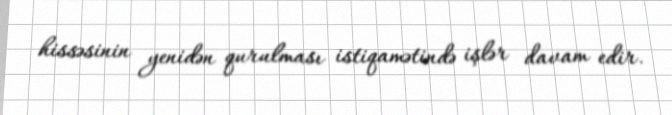
hissəsinin yenidən qurulması istiqamətində işlər davam edir.